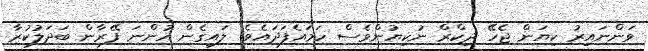
ވަންނައިރު ކިޔަން ޖެހޭ ޛިކްރް ނުކިޔުންވެސް ހަމައެފަދައެވެ. ލައިގެން ހުންނަ ފޭރާން ބަދަލުކުރާ